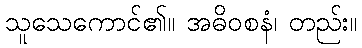
သူသေကောင်၏။ အဓိဝစနံ၊ တည်း။